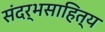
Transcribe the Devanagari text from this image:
संदर्भसाहित्य